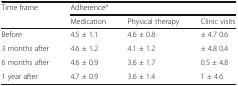
| <ROWSPAN=2> Time frame | <COLSPAN=3> Adherencea |
 | Medication | Physical therapy | Clinic visits |
 | --- | --- | --- | --- |
 | Before | 4.5 ± 1.1 | 4.6 ± 0.8 | ± 4.7 0.6 |
 | 3 months after | 4.6 ± 1.2 | 4.1 ± 1.2 | ± 4.8 0.4 |
 | 6 months after | 4.6 ± 0.9 | 3.6 ± 1.7 | 0.5 ± 4.8 |
 | 1 year after | 4.7 ± 0.9 | 3.6 ± 1.4 | 1 ± 4.6 |